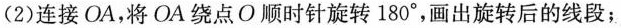
(2)连接OA，将OA绕点O顺时针旋转180°，画出旋转后的线段；